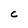
Character: C